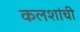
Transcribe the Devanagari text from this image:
कलशांची